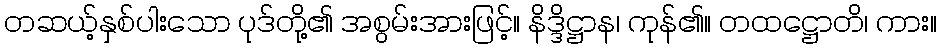
တဆယ့်နှစ်ပါးသော ပုဒ်တို့၏ အစွမ်းအားဖြင့်။ နိဒ္ဒိဋ္ဌာန၊ ကုန်၏။ တထဋ္ဌောတိ၊ ကား။